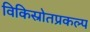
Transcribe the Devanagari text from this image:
विकिस्रोतप्रकल्प